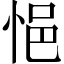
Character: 悒